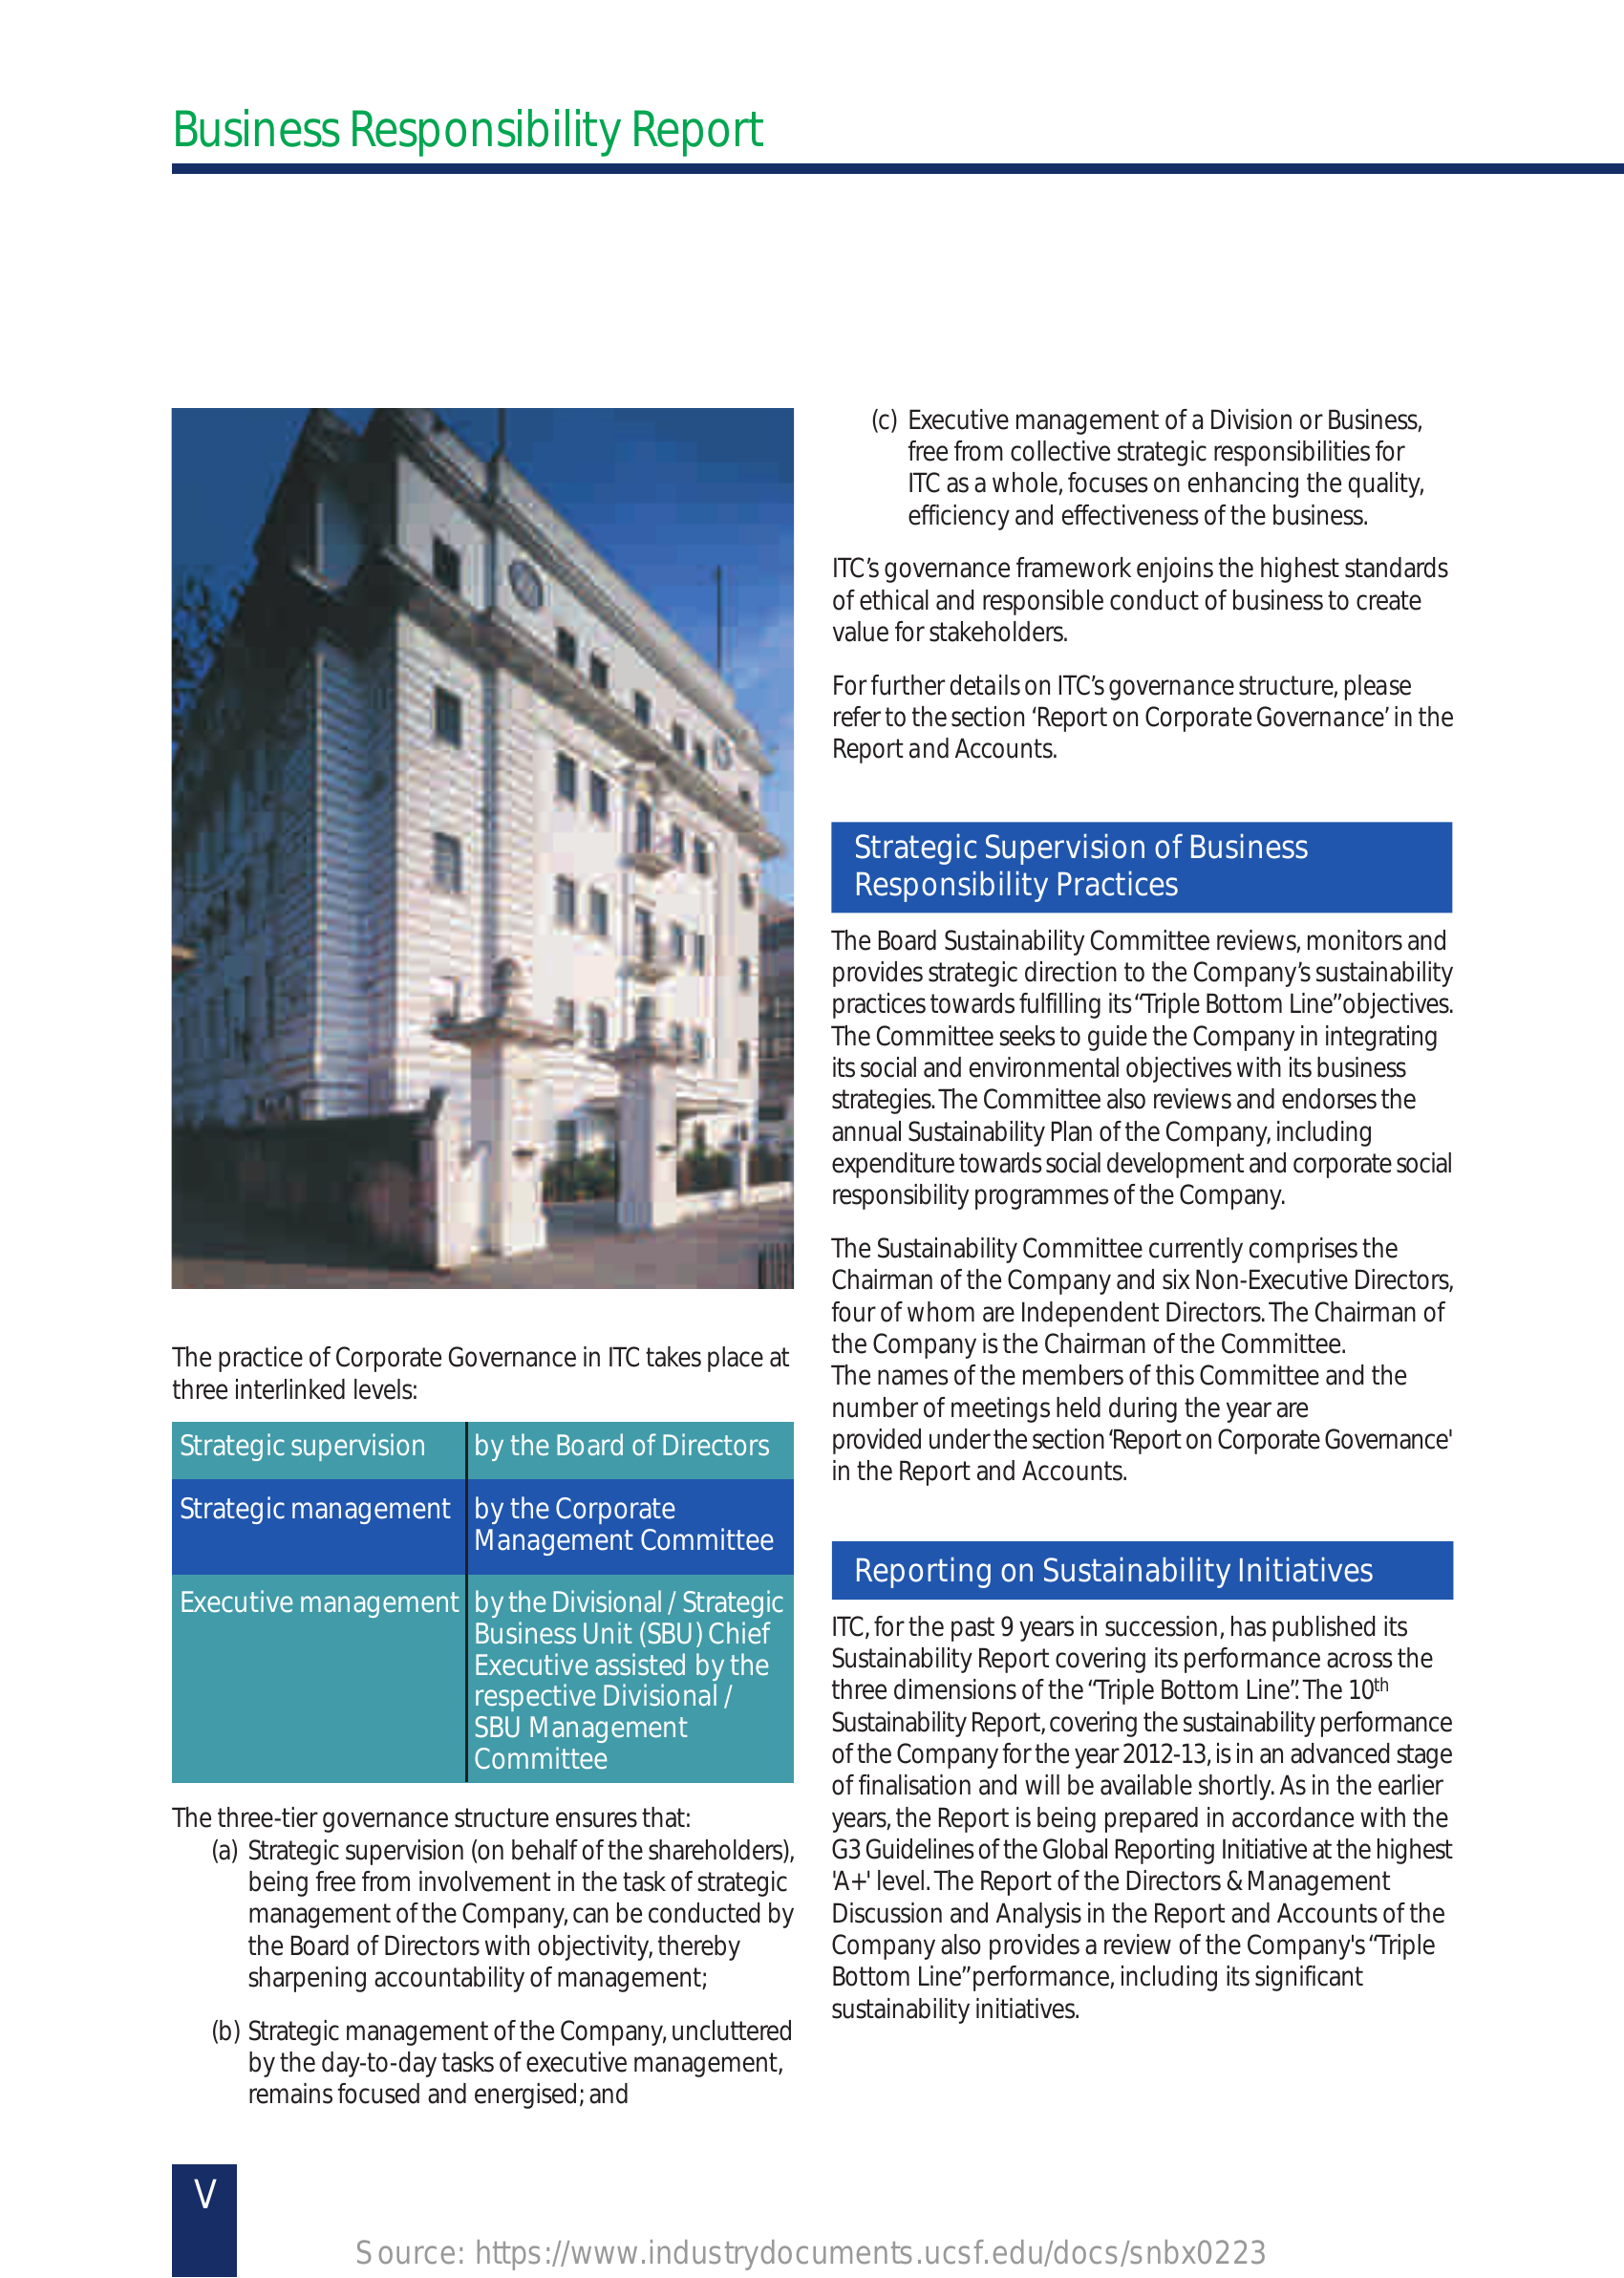
Business    Responsibility    Report
     (c) Executive management of a Division or Business,
     free from collective strategic responsibilities for
     ITC as a whole, focuses on enhancing the quality,
     efficiency and effectiveness of the business.
     ITC’s governance framework enjoins the highest standards
     of ethical and responsible conduct of business to create
     value for stakeholders.
     For further details on ITC’s governance structure, please
     refer to the section ‘Report on Corporate Governance’ in the
     Report and Accounts.
     Strategic  Supervision   of Business
     Responsibility  Practices
     The Board Sustainability Committee reviews, monitors and
     provides strategic direction to the Company’s sustainability
     practices towards fulfilling its “Triple Bottom Line” objectives.
     The Committee  seeks to guide the Company in integrating
     its social and environmental objectives with its business
     strategies. The Committee also reviews and endorses the
     annual Sustainability Plan of the Company, including
     expenditure towards social development and corporate social
     responsibility programmes of the Company.
     The Sustainability Committee currently comprises the
     Chairman of the Company and six Non-Executive Directors,
     four of whom are Independent Directors. The Chairman of
     The practice of Corporate Governance in IIC takes place at
     the Company is the Chairman of the Committee.
     three interlinked levels:
     The names  of the members of this Committee and the
     number of meetings held during the year are
     Strategic supervision   by the Board of Directors    provided under the section ‘Report on Corporate Governance'
     in the Report and Accounts.
     Strategic management    |by the Corporate
     Management   Committee
     Executive management
     Reporting   on Sustainability   Initiatives
     by the Divisional / Strategic
     Business Unit (SBU) Chief    ITC, for the past 9 years in succession, has published its
     Executive assisted by the    Sustainability Report covering its performance across the
     respective Divisional /    three dimensions of the “Triple Bottom Line”. The 10th
     SBU Management    Sustainability Report, covering the sustainability performance
     Committee    of the Company for the year 2012-13, is in an advanced stage
     of finalisation and will be available shortly. As in the earlier
     The three-tier governance structure ensures that:    years, the Report is being prepared in accordance with the
     (a) Strateg ic supervision (on behalf of the shareholders), G3 Guidelines of the Global Reporting Initiative at the highest
     being free from involvement in the task of strategic 'A+' level. The Report of the Directors & Management
     management   of the Company, can be conducted by  Discussion and Analysis in the Report and Accounts of the
     the Board of Directors with objectivity, thereby  Company  also provides a review of the Company's “Triple
     sharpening accountability of management;    Bottom Line” performance, including its significant
     (b) Strateg ic management of the Company, uncluttered
     sustainability initiatives.
     by the day-to-day tasks of executive management,
     remains focused and energised; and
     V
     Source:   https://www.industrydocuments.ucsf.edu/docs/snbx0223